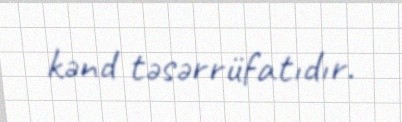
kənd təsərrüfatıdır.